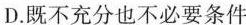
D.既不充分也不必要条件